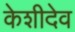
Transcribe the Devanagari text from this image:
केशीदेव